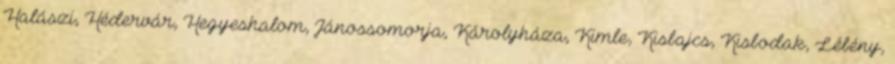
Halászi, Hédervár, Hegyeshalom, Jánossomorja, Károlyháza, Kimle, Kisbajcs, Kisbodak, Lébény,